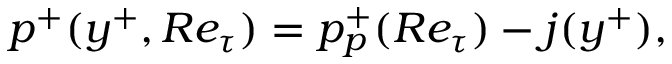
p ^ { + } ( y ^ { + } , R e _ { \tau } ) = p _ { p } ^ { + } ( R e _ { \tau } ) - j ( y ^ { + } ) ,